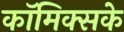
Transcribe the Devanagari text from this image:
कॉमिक्सके